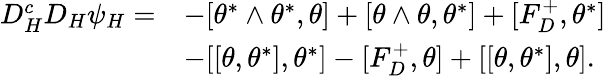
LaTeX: \begin{array}{rl}{D_{H}^{c}D_{H}\psi_{H}=}&{-[\theta^{*}\wedge\theta^{*},\theta]+[\theta\wedge\theta,\theta^{*}]+[F_{D}^{+},\theta^{*}]}\\ &{-[[\theta,\theta^{*}],\theta^{*}]-[F_{D}^{+},\theta]+[[\theta,\theta^{*}],\theta].}\end{array}